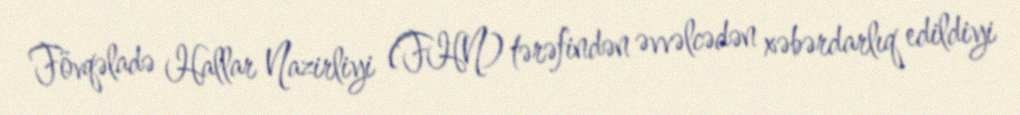
Fövqəladə Hallar Nazirliyi (FHN) tərəfindən əvvəlcədən xəbərdarlıq edildiyi